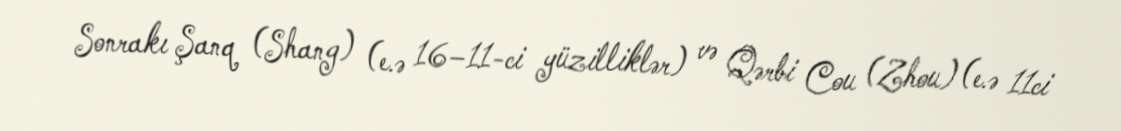
Sonrakı Şanq (Shang) (e.ə 16–11-ci yüzilliklər) və Qərbi Cou (Zhou) (e.ə 11ci